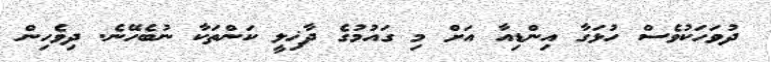
ދުވަހަކުވެސް ހުޅަގާ އިންޑިއާ އަށް މި ގައުމުގެ ދާޚިލީ ކަންތަކާ ނުބެހޭނެ. ދިވެހިން